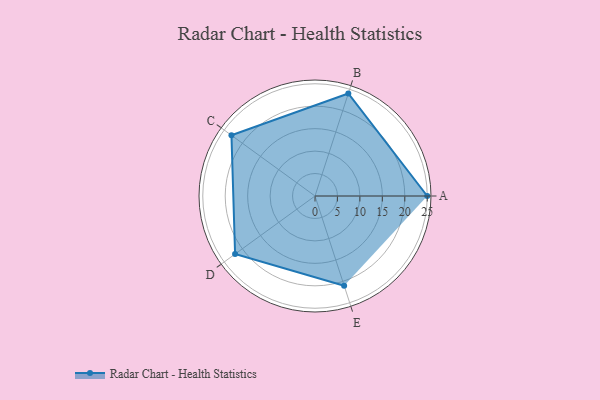
{"axis": {"x": "Skill", "y": "Score"}, "legend": ["Profile"], "data": [{"x": "A", "y": 25.0, "type": "Profile"}, {"x": "B", "y": 24.0, "type": "Profile"}, {"x": "C", "y": 23.0, "type": "Profile"}, {"x": "D", "y": 22.0, "type": "Profile"}, {"x": "E", "y": 21.0, "type": "Profile"}]}